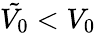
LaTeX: \tilde{V_{0}}<V_{0}